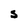
Character: S